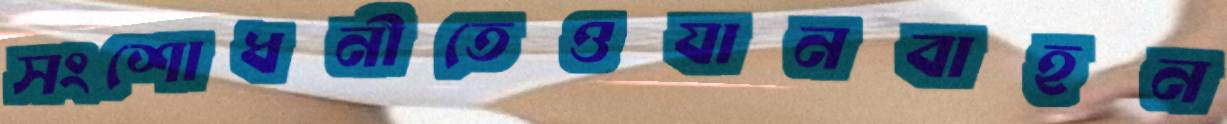
সংশোধনীতেওযানবাহন